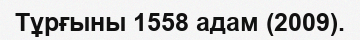
Тұрғыны 1558 адам (2009).